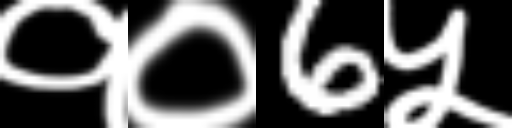
Text: १०6५